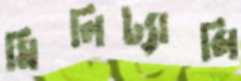
মিলিট্যান্সি